Report on vaccination in Madras 1922-1929 - 1922-1929
Year: 1922
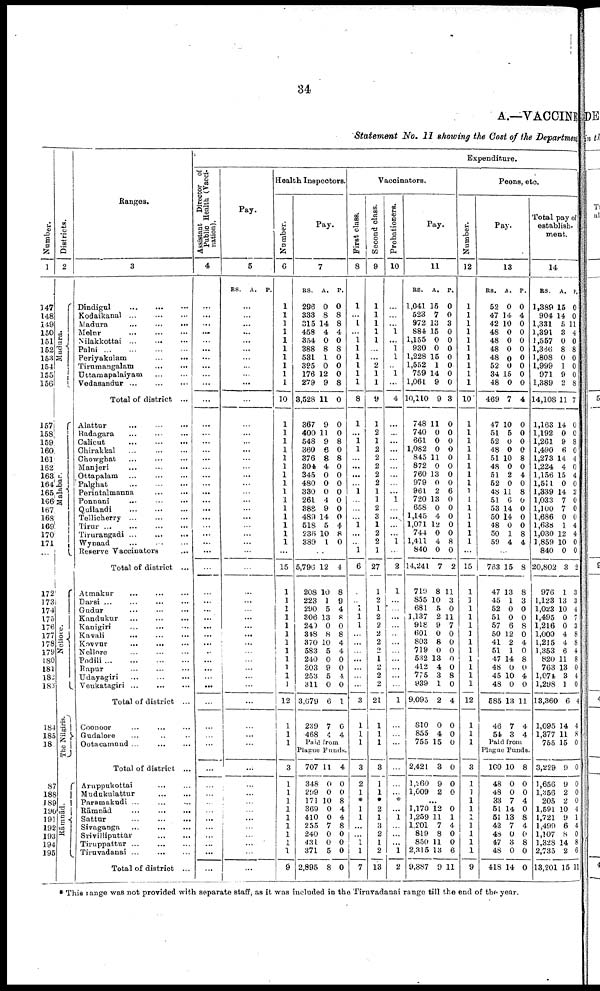
34
A.—VACCINE
Statement No. II showing the Cost of the Department
Number.
1
147
148
249
150
151
152
153
154
155
156
157
158
159
160
161
162
163
164
165
166
167
168
169
170
171
...
172
173
174
175
176
177
178
179
180
181
182
183
184
183
18
87
188
188
190
191
192
193
194
195
Districts.
2
Madura.
Malabar.
Nellore.
Rāmnād
Ranges.
3
Dindigul
...
...
...
Kodaikanal
...
...
...
Madura
...
...
...
Melur
...
...
...
Nilakkottai ... ... ...
Palni
...
...
...
...
Periyakalam
...
...
Tirumangalam
...
...
Uttaraapalaiyam
...
...
Vedasandur
...
...
...
Total of district ...
Alattur
...
...
...
Badagara
...
...
...
Calicut
...
...
...
Chirakkal ... ... ...
Chowghat
...
...
...
Manjeri
...
...
...
Ottapalam
...
...
...
Palghat
...
...
...
Perintalmanna ... ...
Ponnani
...
...
...
Quilandi
...
...
...
Tellicherry
...
...
...
Tirur ... ... ... ...
Tirurangadi
...
...
...
Wynaad ... ... ...
Reserve Vaccinators ...
Total of district ...
Atmakur
...
...
...
Darsi
...
...
...
...
Gudur
... ... ...
Kandukur
...
...
...
Kanigiri
...
...
...
Kavali
...
...
...
Kovvur
... ... ...
Nellore ... ... ...
Podili
...
...
...
...
Rapur ... ... ...
Udayagiri
...
...
...
Venkatagiri
...
...
...
Total of district ...
Coonoor ... ... ...
Gudalore ... ... ...
Ootacamond ... ... ...
Total of district ...
Arnppukottai ... ...
Mudukulattur
...
...
Paramakudi ...
...
...
Rāmnād
...
...
...
Sattur
...
...
...
Sivaganga
...
...
...
Srivilliputtūr
...
...
Tiruppattur ...
...
Tiruvadanai
...
...
...
Total of district ...
Expenditure.
Assistant Director of
Public Health (Vacci
nation).
4
...
...
...
...
...
...
...
...
...
...
...
...
...
...
...
...
...
...
...
...
...
...
...
...
...
...
...
...
...
...
...
...
...
...
...
...
...
...
...
...
...
...
...
...
...
...
...
...
...
...
...
...
...
...
Pay.
5
RS. A. P.
...
...
...
...
...
...
...
...
...
...
...
...
...
...
...
...
...
...
...
...
...
...
...
...
...
...
...
...
...
...
...
...
...
...
...
...
...
...
...
...
...
...
...
...
...
...
...
...
...
...
...
...
...
...
...
Health Inspectors.
Number.
6
1
1
1
1
1
1
1
1
1
1
10
1
1
1
1
1
1
1
1
1
1
1
1
1
1
1
...
15
1
1
1
1
1
1
1
1
1
1
1
1
12
1
1
1
3
1
...
...
...
...
...
...
...
...
9
Pay.
7
RS.
296
333
315
458
354
388
531
395
176
279
3,528
367
400
548
360
376
304
345
480
330
261
388
489
518
236
389
A.
0
8
14
4
0
8
1
0
12
9
11
9
11
9
6
8
4
0
0
0
4
9
14
5
10
1
P.
0
8
8
4
0
8
0
0
0
8
0
0
0
8
0
8
0
0
0
0
0
0
0
4
8
0
5,796
208
223
290
306
240
348
370
583
240
303
253
311
3,679
239
468
12
10
1
5
13
0
8
10
5
0
9
5
0
6
7
4
4
8
9
4
8
0
8
4
4
0
0
4
0
1
0
4
Paid from
Plague Funds.
707
348
299
171
369
410
255
240
431
371
2,895
11
0
0
10
0
0
7
0
0
5
8
4
0
0
8
4
4
8
0
0
0
0
Vaccinators.
First class.
8
1
...
1
...
1
1
1
1
1
1
8
1
...
1
1
...
...
...
...
1
...
...
...
1
...
...
1
6
...
...
1
1
1
...
...
...
...
...
...
...
3
1
1
1
3
2
1
*
1
1
...
...
1
1
7
Second class.
9
1
1
1
1
1
...
...
2
1
1
9
1
2
1
2
2
2
2
2
1
1
2
3
1
2
2
1
27
1
2
1
2
2
2
2
2
1 2
2
2
21
1
1
1
3
1
1
*
2
1
3
2
1
2
13
Probationers.
10
...
...
...
1
...
1
1
...
1
...
4
...
...
...
...
...
...
...
...
...
1
...
...
...
...
1
2
1
...
...
...
...
...
...
...
...
...
...
...
1
...
...
...
...
...
...
*
...
1
...
...
1
2
Pay.
11
RS.
1,041
523
972
884
1,155
930
1,228
1,552
759
1,061
10,110
748
740
661
1,082
845
872
760
979
961
720
658
1,145
1,071
744
1,411
840
14,241
719
855
681
1,137
918
601
803
719
532
412
775
939
9,095
810
855
755
2,421
1,260
1,609
A.
15
7
13
15
0
0
15
1
14
9
9
11
0
0
0
11
0
13
0
2
13
0
4
12
0
4
0
7
8
10
5
2
9
0
8
0
13
4
3
1
2
0
4
15
3
9
2
P.
0
0
3
0
0
0
0
0
0
0
3
0
0
0
0
0
0
0
0
6
0
0
0
0
0
8
0
2
11
3
0
11
7
0
0
0
0
0
8
0
4
0
0
0
0
0
0
...
1,170
1,259
1,201
819
850
2,315
9,887
12
11
7
8
11
13
9
0
1
4
0
0
6
11
Peons, etc.
Number.
12
1
1
1
1
1
1
1
1
1
1
10
1
1
1
1
1
1
1
1
1
1
1
1
1
1
1
...
15
1
1
1
1
1
1
1
1
1
1
1
1
12
1
1
1
3
1
1
1
1
1
1
1
1
1
9
Pay.
13
RS.
52
47
42
48
48
48
48
52
34
48
469
47
51
52
48
51
48
51
52
48
51
53
50
48
50
59
A.
0
14
10
0
0
0
0
0
15
0
7
10
5
0
0
10
0
2
0
11
6
14
14
0
1
4
P.
0
4
0
0
0
0
0
0
0
0
4
0
0
0
0
8
0
4
0
8
0
0
0
0
8
4
763
47
45
52
51
57
50
41
51
47
48
45
48
585
46
54
15
13
1
0
0
6
12
2
1
14
0
10
0
13
7
3
8
8
3
0
0
8
0
4
0
8
0
4
0
11
4
4
Paid from
Plague Funds.
100
48
48
33
51
51
42
48
47
48
418
10
0
0
7
14
13
7
0
3
0
14
8
0
0
4
0
8
4
0
8
0
0
Total pay of
establish
ment.
14
RS.
1,389
904
1,331
1,391
1,557
1,366
1,808
1,999
971
1,389
14,108
1,163
1,192
1,261
1,490
1,273
1,224
1,156
1,511
1,339
1,033
1,100
1,686
1,638
1,030
1,859
840
20,802
976
1,123
1,023
1,495
1,216
1,000
1,215
1,353
820
763
1,974
1,298
13,360
1,095
1,377
755
3,229
1,656
1,356
205
1,591
1,721
1,499
1,107
1,328
2,735
13,201
A.
15
14
5
3
0
8
0
1
9
2
11
14
0
9
6
14
4
15
0
14
7
7
0
1
12
10
0
3
1
13
10
0
0
4
4
6
11
13
3
1
6
14
11
15
9
9
2
2
10
9
6
8
14
2
15
P.
0
0
11
4
0
8
0
0
0
8
7
0
0
8
0
4
0
4
0
2
0
0
0
4
4
0
0
2
3
3
4
7
3
8
8
4
8
0
4
0
4
4
8
0
0
0
0
0
4
1
4
0
8
6
11
* This range was not provided with separate staff, as it was included in the Tiruvadanai range till the end of the year.